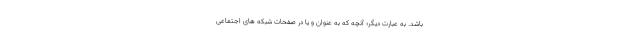
باشد. به عبارت دیگر؛ آنچه که به عنوان و یا در صفحات شبکه های اجتماعی